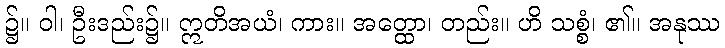
၌။ ဝါ၊ ဦးဒည်း၌။ ဣတိအယံ၊ ကား။ အတ္ထော၊ တည်း။ ဟိ သစ္စံ၊ ၏။ အနုဿ